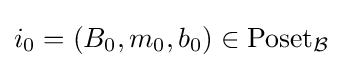
i_{0}=\left(B_{0},m_{0},b_{0}\right)\in \operatorname {Poset} _{\mathcal {B}}